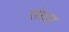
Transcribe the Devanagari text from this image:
संग्राह